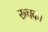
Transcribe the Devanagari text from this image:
रूचक।